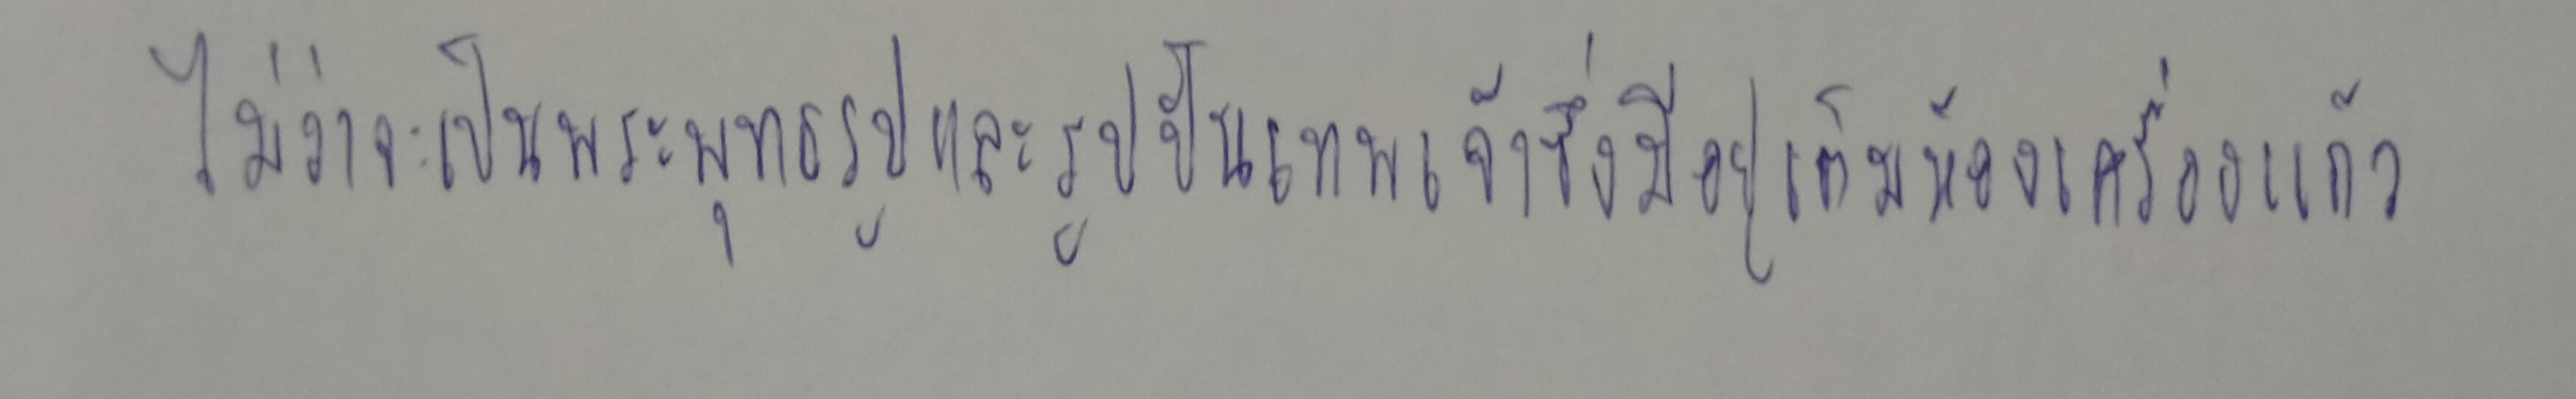
ไม่ว่าจะเป็นพระพุทธรูปและรูปปั้นเทพเจ้าซึ่งมีอยู่เต็มห้องเครื่องแก้ว